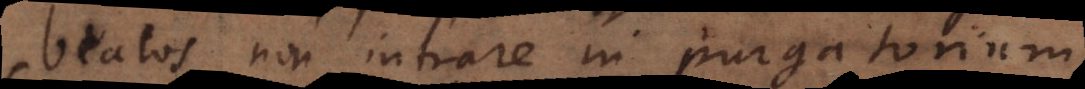
beatos non intrare in purgatorium,